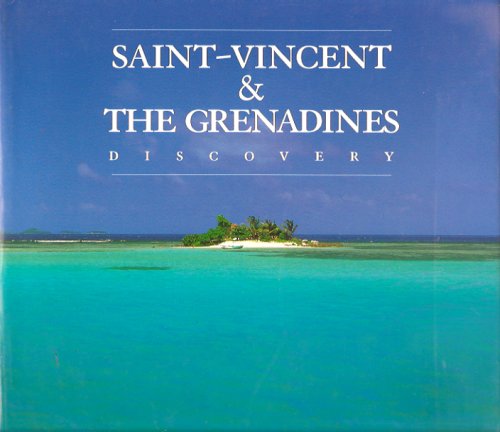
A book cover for Saint-Vincent & the Grenadines: Discovery; John Bowman; Travel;